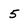
Character: 5